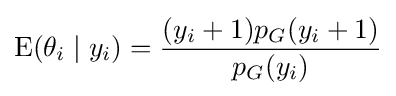
\operatorname {E} (\theta _{i}\mid y_{i})={{(y_{i}+1)p_{G}(y_{i}+1)} \over {p_{G}(y_{i})}}